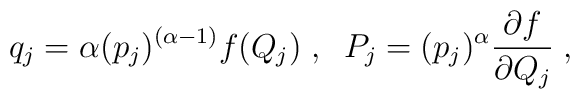
q_j = \alpha ({p_j})^{( \alpha - 1 )} f( Q_j )\; , \; \;P_j = ({p_j})^\alpha \frac{ \partial f}{ \partial Q_j} \; ,